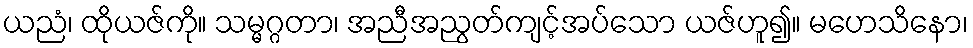
ယညံ၊ ထိုယဇ်ကို။ သမ္မဂ္ဂတာ၊ အညီအညွတ်ကျင့်အပ်သော ယဇ်ဟူ၍။ မဟေသိနော၊